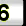
Digit: 3